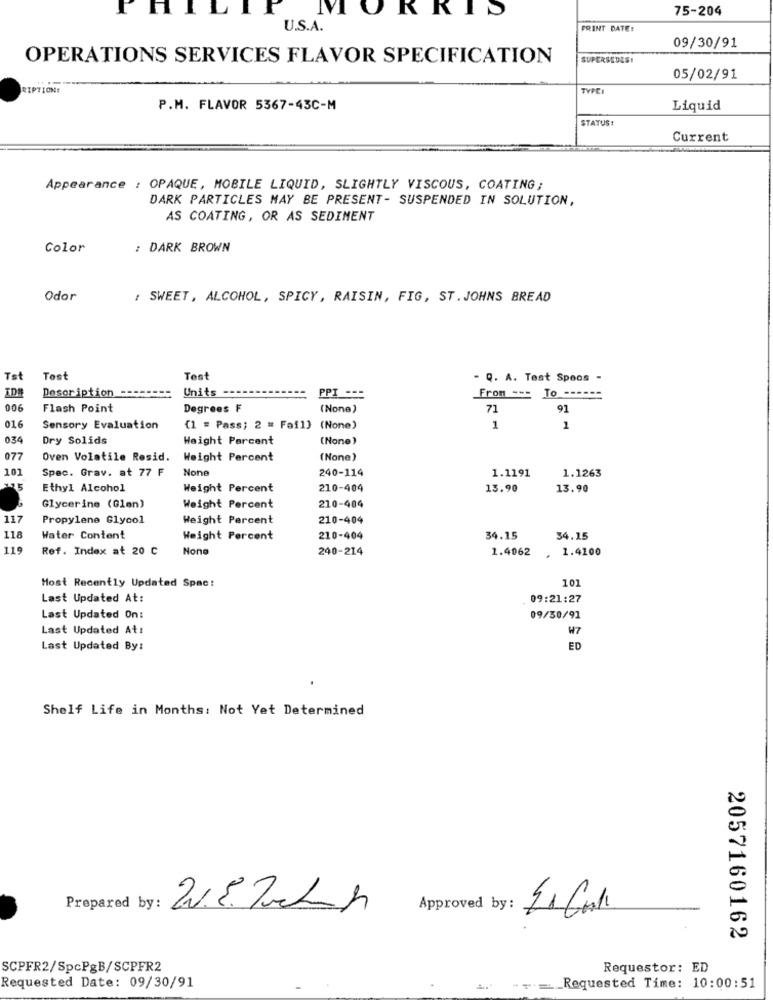
T
MORRIS
75-204
U.S.A.
PRINT DATE:
09/30/91
OPERATIONS SERVICES FLAVOR SPECIFICATION
SUPERSEDES!
05/02/91
RIPTION:
TYPEI
P.M. FLAVOR 5367-43C-M
Liquid
STATUS:
Current
Appearance : OPAQUE, MOBILE LIQUID, SLIGHTLY VISCOUS, COATING;
DARK PARTICLES MAY BE PRESENT- SUSPENDED IN SOLUTION,
AS COATING, OR AS SEDIMENT
Color
: DARK BROWN
Odor
: SWEET, ALCOHOL, SPICY, RAISIN, FIG, ST . JOHNS BREAD
Tst
Tost
Test
- Q. A. Test Spoos -
Description ---
Units
PPI ===
From --- To ------
006
Flash Point
Degrees F
(None)
71
91
016
Sensory Evaluation
(1 = Pass; 2 = Fail) (None)
1
1
034
Dry Solids
Weight Parcent
(None)
077
Oven Volatile Resid. Weight Percent
(None)
101
Spec. Grav. at 77 F
240-114
1.1191
1.1263
Ethyl Alcohol
Weight Percent
210-404
13.90
13.90
Glycerine (Glen)
Weight Percent
210-404
117
Propylene Glycol
Weight Percent
210-404
118
Water Content
Weight Percent
210-404
34.15
34.15
119
Ref. Index at 20 C
240-214
1.4062
. 1.4100
101
Most Recently Updated Spac:
Last Updated At:
09:21:27
Last Updated On:
09/30/91
Last Updated At:
W7
Last Updated By:
ED
Shelf Life in Months: Not Yet Determined
Prepared by:
Approved by:
2057160162
SCPFR2/SpcPgB/SCPFR2
Requestor: ED
Requested Date: 09/30/91
Requested Time: 10:00:51